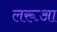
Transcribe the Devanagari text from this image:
लरूआ